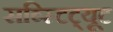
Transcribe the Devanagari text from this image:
सब्स्टिट्यूट